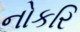
નોકરિ